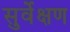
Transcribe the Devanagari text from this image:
सुर्वेक्षण